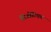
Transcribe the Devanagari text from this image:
लिओटिएव